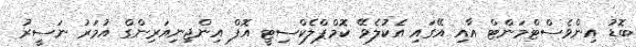
ބޮޑު އިންވެސްޓްމަންޓް އާއި އޭގައި އެކުލެވޭ ކޮމްޕްލެކްސިޓީ އޮފް އިންޖިނިއަރިންގް އުމަރު ނަސީރު